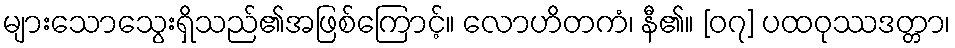
များသောသွေးရှိသည်၏အဖြစ်ကြောင့်။ လောဟိတကံ၊ နီ၏။ [၀၇] ပထဝုဿဒတ္တာ၊